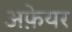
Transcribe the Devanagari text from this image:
अफ़ेयर